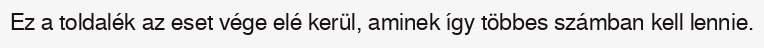
Ez a toldalék az eset vége elé kerül, aminek így többes számban kell lennie.